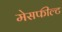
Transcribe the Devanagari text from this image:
मेसफील्ट